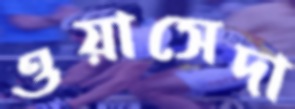
ওয়াসেদা